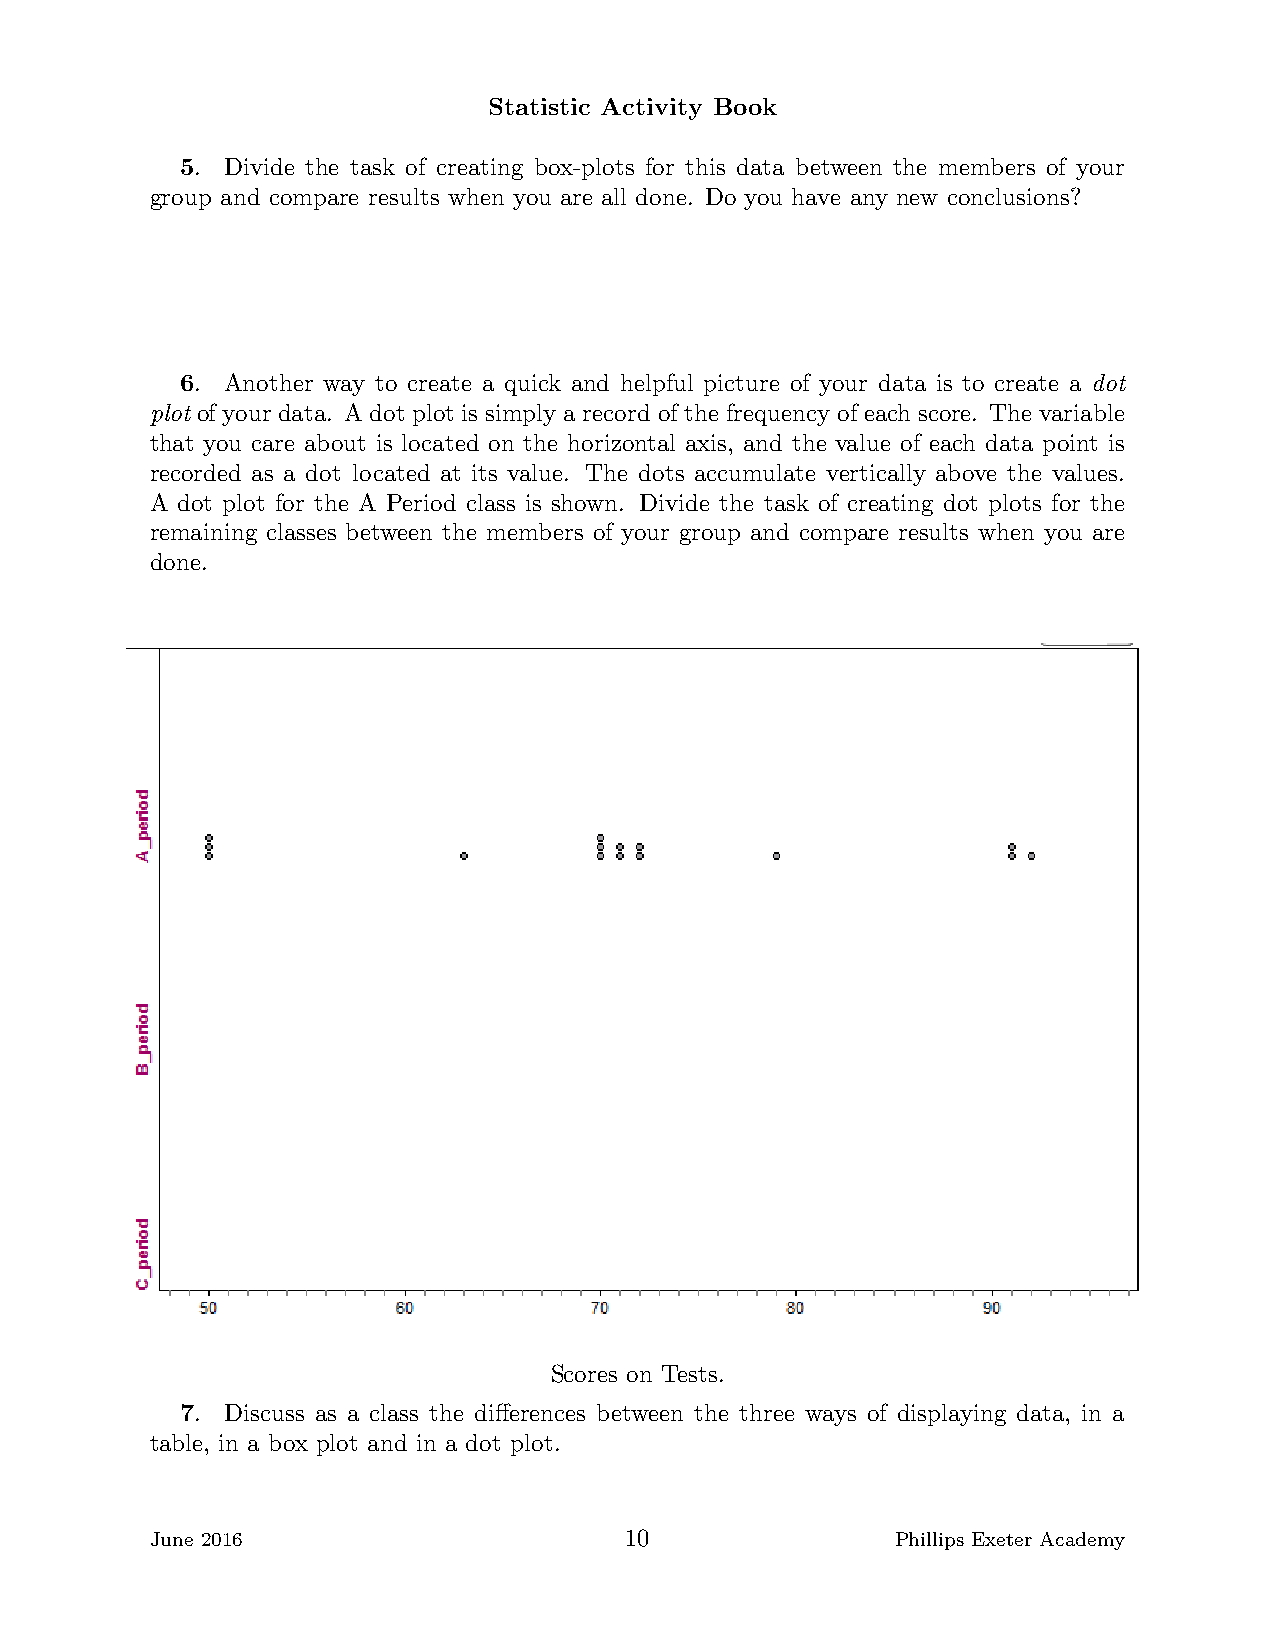
Statistic Activity Book
 5. Divide the task of creating box-plots for this data between the members of your
 group and compare results when you are all done. Do you have any new conclusions?
 6. Another way to create a quick and helpful picture of your data is to create a dot
 plot of your data. A dot plot is simply a record of the frequency of each score. The variable
 that you care about is located on the horizontal axis, and the value of each data point is
 recorded as a dot located at its value. The dots accumulate vertically above the values.
 A dot plot for the A Period class is shown. Divide the task of creating dot plots for the
 remaining classes between the members of your group and compare results when you are
 done.
 Scores on Tests.
 7. Discuss as a class the differences between the three ways of displaying data, in a
 table, in a box plot and in a dot plot.
 June 2016                      10                Phillips Exeter Academy